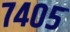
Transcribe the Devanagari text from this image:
७४०५